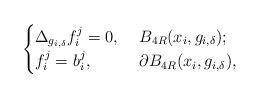
LaTeX: \begin{align*}\begin{cases}\Delta_{g_{i,\delta}} f_{i}^{j}=0, &\ B_{4R}(x_{i},g_{i,\delta});\\f_{i}^{j}=b_{i}^{j},&\ \partial B_{4R}(x_{i},g_{i,\delta}),\end{cases}\end{align*}